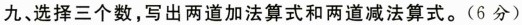
九、选择三个数，写出两道加法算式和两道减法算式。(6分)